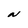
Character: N